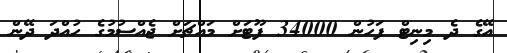
އޭގެ ދެ މިނިޓް ފަހުން 34000 ފޫޓަށް މައްޗަށް ޖެއްސުމުގެ ހުއްދަ ދޭން